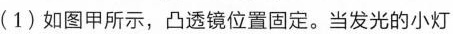
(1)如图甲所示，凸透镜位置固定。当发光的小灯